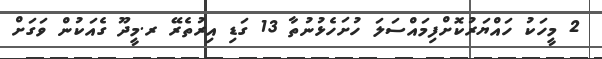
2 މީހަކު ހައްޔަރުކޮށްފިމައްސަލަ ހުށަހެޅުނުތާ 13 ގަޑި އިރުތެރޭ ރ.މީދޫ ގެއަކުން ވަގަށް